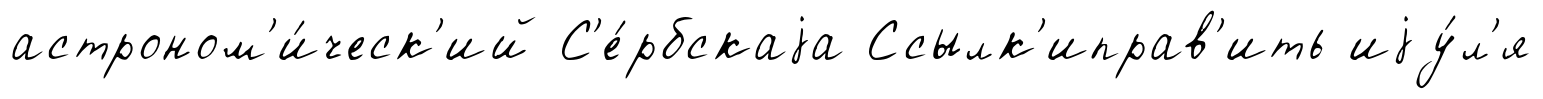
астроном'и́ческ'ий С'е́рбскаjа Ссылк'иправ'ить иjу́л'я